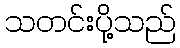
သတင်းပို့သည်